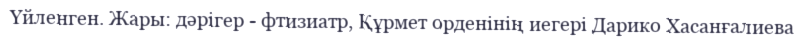
Үйленген. Жары: дәрігер - фтизиатр, Құрмет орденінің иегері Дарико Хасанғалиева